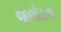
જાલોરના